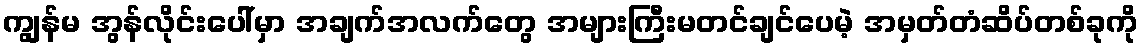
ကျွန်မ အွန်လိုင်းပေါ်မှာ အချက်အလက်တွေ အများကြီးမတင်ချင်ပေမဲ့ အမှတ်တံဆိပ်တစ်ခုကို